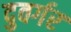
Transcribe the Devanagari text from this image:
दुवर्गर